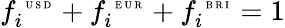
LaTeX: f_{i}^{\mathrm{~\tiny~U~S~D~}}+f_{i}^{\mathrm{~\tiny~E~U~R~}}+f_{i}^{\mathrm{~\tiny~B~R~I~}}=1